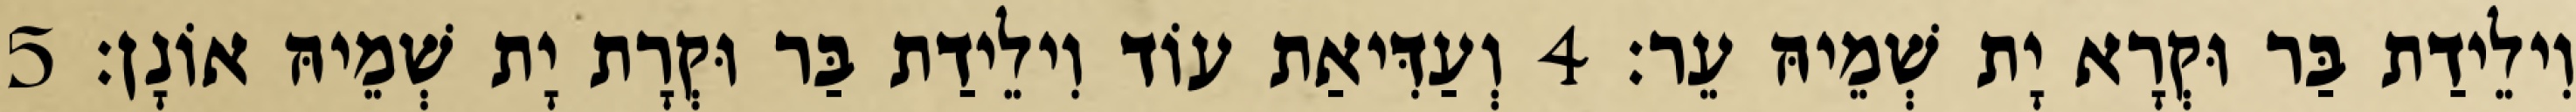
וִילֵידַת בַּר וּקְרָא יָת שְׁמֵיהּ עֵר׃ 4 וְעַדִּיאַת עוֹד וִילֵידַת בַּר וּקְרָת יָת שְׁמֵיהּ אוֹנָן׃ 5